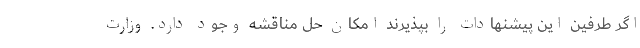
اگر طرفین این پیشنهادات را بپذیرند امکان حل مناقشه وجود دارد. وزارت